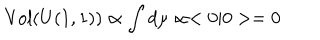
LaTeX: \mathrm { V o l } ( U ( 1 , 1 ) ) \propto \int d \mu \propto < 0 | 0 > = 0